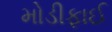
મોડીફાઈ